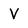
Character: V